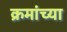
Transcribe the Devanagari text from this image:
क्रमांच्या